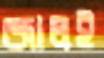
জালই